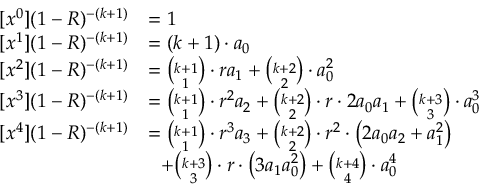
\begin{array} { r l } { [ x ^ { 0 } ] ( 1 - R ) ^ { - ( k + 1 ) } } & { = 1 } \\ { [ x ^ { 1 } ] ( 1 - R ) ^ { - ( k + 1 ) } } & { = ( k + 1 ) \cdot a _ { 0 } } \\ { [ x ^ { 2 } ] ( 1 - R ) ^ { - ( k + 1 ) } } & { = { \binom { k + 1 } { 1 } } \cdot r a _ { 1 } + { \binom { k + 2 } { 2 } } \cdot a _ { 0 } ^ { 2 } } \\ { [ x ^ { 3 } ] ( 1 - R ) ^ { - ( k + 1 ) } } & { = { \binom { k + 1 } { 1 } } \cdot r ^ { 2 } a _ { 2 } + { \binom { k + 2 } { 2 } } \cdot r \cdot 2 a _ { 0 } a _ { 1 } + { \binom { k + 3 } { 3 } } \cdot a _ { 0 } ^ { 3 } } \\ { [ x ^ { 4 } ] ( 1 - R ) ^ { - ( k + 1 ) } } & { = { \binom { k + 1 } { 1 } } \cdot r ^ { 3 } a _ { 3 } + { \binom { k + 2 } { 2 } } \cdot r ^ { 2 } \cdot \left( 2 a _ { 0 } a _ { 2 } + a _ { 1 } ^ { 2 } \right) } \\ & { \ \ + { \binom { k + 3 } { 3 } } \cdot r \cdot \left( 3 a _ { 1 } a _ { 0 } ^ { 2 } \right) + { \binom { k + 4 } { 4 } } \cdot a _ { 0 } ^ { 4 } } \end{array}